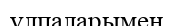
ұлпаларымен